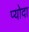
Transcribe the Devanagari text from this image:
प्योदा